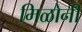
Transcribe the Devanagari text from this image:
मिळोनी